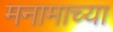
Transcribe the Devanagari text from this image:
मनामाच्या